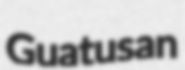
Guatusan